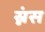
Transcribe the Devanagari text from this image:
स्नंस